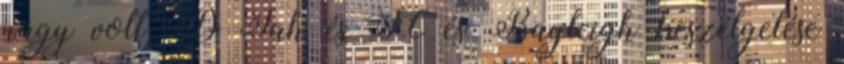
nagy volt :D Jah és JC és Bayleigh beszélgetése